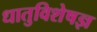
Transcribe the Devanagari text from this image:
धातुविशेषज्ञ